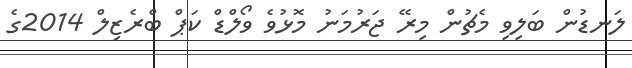
ލަނޑުން ބަލިވި މެޗުން މިރޭ ޖަރުމަނު މޮޅުވެ ވޯލްޑް ކަޕް ބްރެޒިލް 2014ގެ